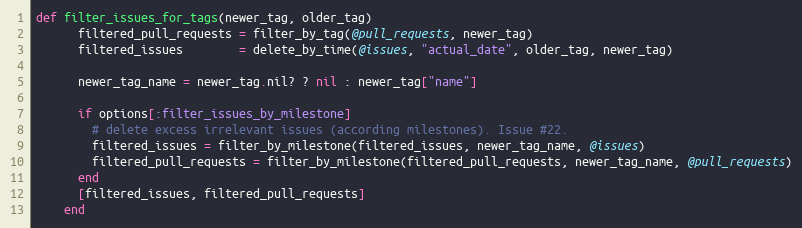
Language: Ruby
def filter_issues_for_tags(newer_tag, older_tag)
      filtered_pull_requests = filter_by_tag(@pull_requests, newer_tag)
      filtered_issues        = delete_by_time(@issues, "actual_date", older_tag, newer_tag)

      newer_tag_name = newer_tag.nil? ? nil : newer_tag["name"]

      if options[:filter_issues_by_milestone]
        # delete excess irrelevant issues (according milestones). Issue #22.
        filtered_issues = filter_by_milestone(filtered_issues, newer_tag_name, @issues)
        filtered_pull_requests = filter_by_milestone(filtered_pull_requests, newer_tag_name, @pull_requests)
      end
      [filtered_issues, filtered_pull_requests]
    end